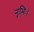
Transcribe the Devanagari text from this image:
नृभिः।